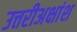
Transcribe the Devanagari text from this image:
उत्तरीअक्षांश